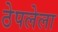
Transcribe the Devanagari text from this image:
ठेपलेला